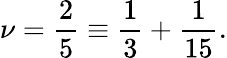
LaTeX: \nu=\frac{2}{5}\equiv\frac{1}{3}+\frac{1}{15}.